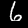
Label: 6